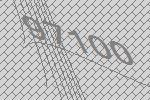
97100